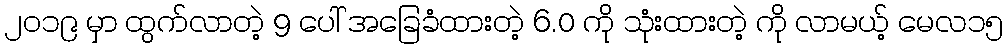
၂၀၁၉ မှာ ထွက်လာတဲ့ 9 ပေါ် အခြေခံထားတဲ့ 6.0 ကို သုံးထားတဲ့ ကို လာမယ့် မေလ၁၅